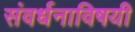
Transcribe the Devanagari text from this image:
संवर्धनाविषयी